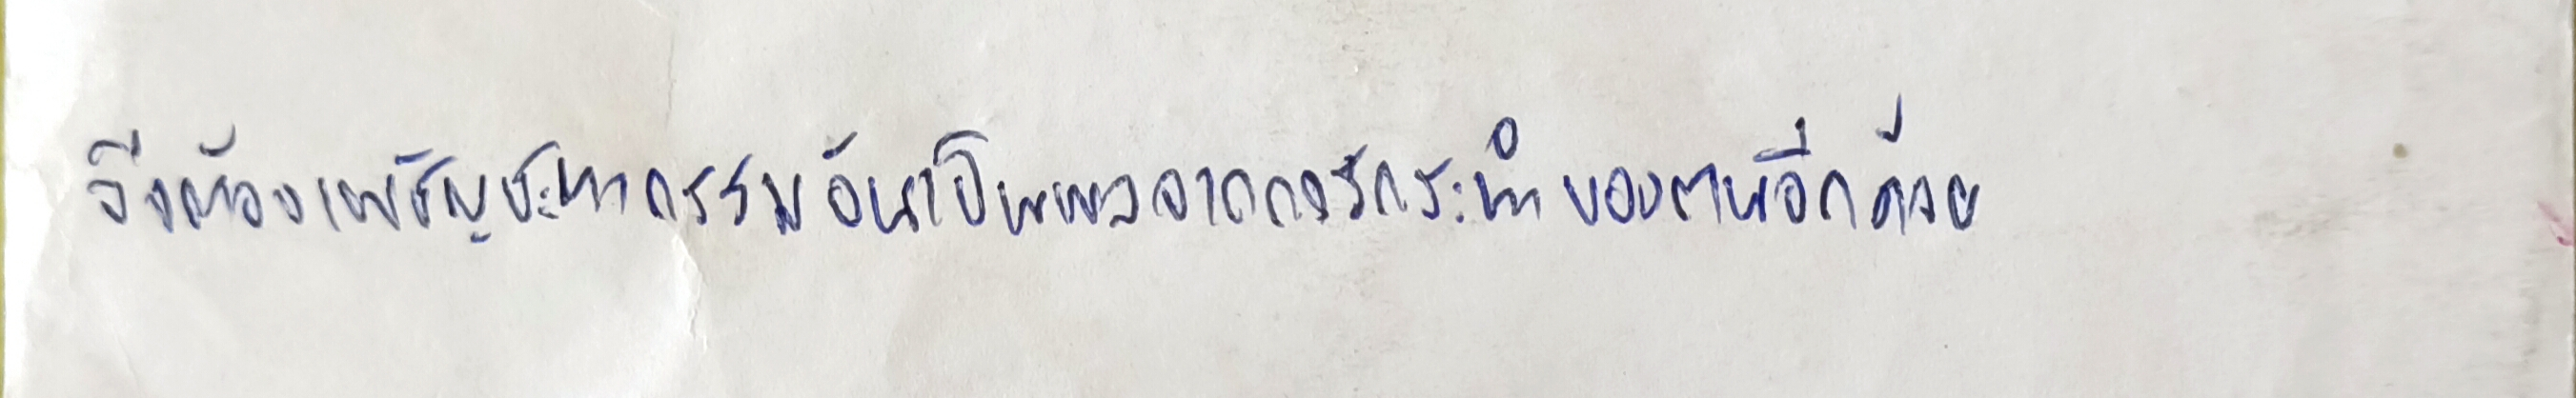
จึงต้องเผชิญชะตากรรมอันเป็นผลจากการกระทำของตนอีกด้วย